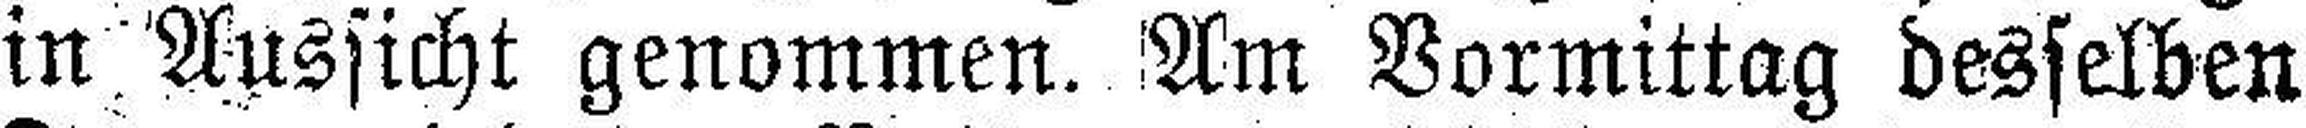
in Aussicht genommen. Am Vormittag desselben